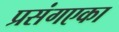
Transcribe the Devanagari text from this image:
प्रसंगएका